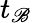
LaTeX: t_{\mathscr{B}}